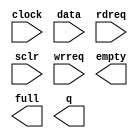
// megafunction wizard: %FIFO%VBB%
// GENERATION: STANDARD
// VERSION: WM1.0
// MODULE: scfifo 

// ============================================================
// Megafunction Name(s):
// 			scfifo
//
// Simulation Library Files(s):
// 			altera_mf
// ============================================================
// ************************************************************
// THIS IS A WIZARD-GENERATED FILE. DO NOT EDIT THIS FILE!
//
// 13.0.1 Build 232 06/12/2013 SP 1 SJ Full Version
// ************************************************************

//Copyright (C) 1991-2013 Altera Corporation
//Your use of Altera Corporation's design tools, logic functions 
//and other software and tools, and its AMPP partner logic 
//functions, and any output files from any of the foregoing 
//(including device programming or simulation files), and any 
//associated documentation or information are expressly subject 
//to the terms and conditions of the Altera Program License 
//Subscription Agreement, Altera MegaCore Function License 
//Agreement, or other applicable license agreement, including, 
//without limitation, that your use is for the sole purpose of 
//programming logic devices manufactured by Altera and sold by 
//Altera or its authorized distributors.  Please refer to the 
//applicable agreement for further details.

module FIFO_IP (
	clock,
	data,
	rdreq,
	sclr,
	wrreq,
	empty,
	full,
	q);

	input	  clock;
	input	[15:0]  data;
	input	  rdreq;
	input	  sclr;
	input	  wrreq;
	output	  empty;
	output	  full;
	output	[15:0]  q;

endmodule

// ============================================================
// CNX file retrieval info
// ============================================================
// Retrieval info: PRIVATE: AlmostEmpty NUMERIC "0"
// Retrieval info: PRIVATE: AlmostEmptyThr NUMERIC "-1"
// Retrieval info: PRIVATE: AlmostFull NUMERIC "0"
// Retrieval info: PRIVATE: AlmostFullThr NUMERIC "-1"
// Retrieval info: PRIVATE: CLOCKS_ARE_SYNCHRONIZED NUMERIC "0"
// Retrieval info: PRIVATE: Clock NUMERIC "0"
// Retrieval info: PRIVATE: Depth NUMERIC "16384"
// Retrieval info: PRIVATE: Empty NUMERIC "1"
// Retrieval info: PRIVATE: Full NUMERIC "1"
// Retrieval info: PRIVATE: INTENDED_DEVICE_FAMILY STRING "Cyclone II"
// Retrieval info: PRIVATE: LE_BasedFIFO NUMERIC "0"
// Retrieval info: PRIVATE: LegacyRREQ NUMERIC "1"
// Retrieval info: PRIVATE: MAX_DEPTH_BY_9 NUMERIC "0"
// Retrieval info: PRIVATE: OVERFLOW_CHECKING NUMERIC "0"
// Retrieval info: PRIVATE: Optimize NUMERIC "0"
// Retrieval info: PRIVATE: RAM_BLOCK_TYPE NUMERIC "0"
// Retrieval info: PRIVATE: SYNTH_WRAPPER_GEN_POSTFIX STRING "0"
// Retrieval info: PRIVATE: UNDERFLOW_CHECKING NUMERIC "0"
// Retrieval info: PRIVATE: UsedW NUMERIC "0"
// Retrieval info: PRIVATE: Width NUMERIC "16"
// Retrieval info: PRIVATE: dc_aclr NUMERIC "0"
// Retrieval info: PRIVATE: diff_widths NUMERIC "0"
// Retrieval info: PRIVATE: msb_usedw NUMERIC "0"
// Retrieval info: PRIVATE: output_width NUMERIC "16"
// Retrieval info: PRIVATE: rsEmpty NUMERIC "1"
// Retrieval info: PRIVATE: rsFull NUMERIC "0"
// Retrieval info: PRIVATE: rsUsedW NUMERIC "0"
// Retrieval info: PRIVATE: sc_aclr NUMERIC "0"
// Retrieval info: PRIVATE: sc_sclr NUMERIC "1"
// Retrieval info: PRIVATE: wsEmpty NUMERIC "0"
// Retrieval info: PRIVATE: wsFull NUMERIC "1"
// Retrieval info: PRIVATE: wsUsedW NUMERIC "0"
// Retrieval info: LIBRARY: altera_mf altera_mf.altera_mf_components.all
// Retrieval info: CONSTANT: ADD_RAM_OUTPUT_REGISTER STRING "OFF"
// Retrieval info: CONSTANT: INTENDED_DEVICE_FAMILY STRING "Cyclone II"
// Retrieval info: CONSTANT: LPM_NUMWORDS NUMERIC "16384"
// Retrieval info: CONSTANT: LPM_SHOWAHEAD STRING "OFF"
// Retrieval info: CONSTANT: LPM_TYPE STRING "scfifo"
// Retrieval info: CONSTANT: LPM_WIDTH NUMERIC "16"
// Retrieval info: CONSTANT: LPM_WIDTHU NUMERIC "14"
// Retrieval info: CONSTANT: OVERFLOW_CHECKING STRING "ON"
// Retrieval info: CONSTANT: UNDERFLOW_CHECKING STRING "ON"
// Retrieval info: CONSTANT: USE_EAB STRING "ON"
// Retrieval info: USED_PORT: clock 0 0 0 0 INPUT NODEFVAL "clock"
// Retrieval info: USED_PORT: data 0 0 16 0 INPUT NODEFVAL "data[15..0]"
// Retrieval info: USED_PORT: empty 0 0 0 0 OUTPUT NODEFVAL "empty"
// Retrieval info: USED_PORT: full 0 0 0 0 OUTPUT NODEFVAL "full"
// Retrieval info: USED_PORT: q 0 0 16 0 OUTPUT NODEFVAL "q[15..0]"
// Retrieval info: USED_PORT: rdreq 0 0 0 0 INPUT NODEFVAL "rdreq"
// Retrieval info: USED_PORT: sclr 0 0 0 0 INPUT NODEFVAL "sclr"
// Retrieval info: USED_PORT: wrreq 0 0 0 0 INPUT NODEFVAL "wrreq"
// Retrieval info: CONNECT: @clock 0 0 0 0 clock 0 0 0 0
// Retrieval info: CONNECT: @data 0 0 16 0 data 0 0 16 0
// Retrieval info: CONNECT: @rdreq 0 0 0 0 rdreq 0 0 0 0
// Retrieval info: CONNECT: @sclr 0 0 0 0 sclr 0 0 0 0
// Retrieval info: CONNECT: @wrreq 0 0 0 0 wrreq 0 0 0 0
// Retrieval info: CONNECT: empty 0 0 0 0 @empty 0 0 0 0
// Retrieval info: CONNECT: full 0 0 0 0 @full 0 0 0 0
// Retrieval info: CONNECT: q 0 0 16 0 @q 0 0 16 0
// Retrieval info: GEN_FILE: TYPE_NORMAL FIFO_IP.v TRUE
// Retrieval info: GEN_FILE: TYPE_NORMAL FIFO_IP.inc FALSE
// Retrieval info: GEN_FILE: TYPE_NORMAL FIFO_IP.cmp FALSE
// Retrieval info: GEN_FILE: TYPE_NORMAL FIFO_IP.bsf FALSE
// Retrieval info: GEN_FILE: TYPE_NORMAL FIFO_IP_inst.v TRUE
// Retrieval info: GEN_FILE: TYPE_NORMAL FIFO_IP_bb.v TRUE
// Retrieval info: LIB_FILE: altera_mf